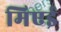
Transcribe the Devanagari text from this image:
मिएई